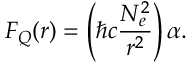
F _ { Q } ( r ) = \left( \hbar c \frac { N _ { e } ^ { 2 } } { r ^ { 2 } } \right) \alpha .